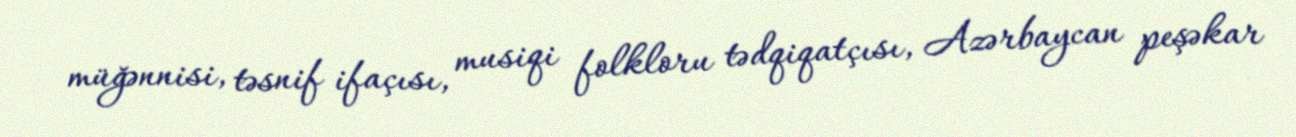
müğənnisi, təsnif ifaçısı, musiqi folkloru tədqiqatçısı, Azərbaycan peşəkar